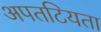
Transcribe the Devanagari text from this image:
अपतटियता